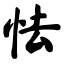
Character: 怯